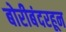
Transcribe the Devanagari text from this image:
बोरीबंदरहून